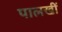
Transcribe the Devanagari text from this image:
पालखीं